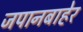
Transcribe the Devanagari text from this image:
जपानबाहेर